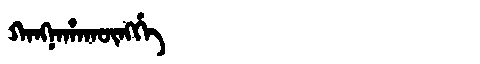
Manchu: ᡴᠠᠩᠨᠠᡥᠠᡴᡡᠩᡤᡝ
Romanization: KANGNAHAKŪNGGE